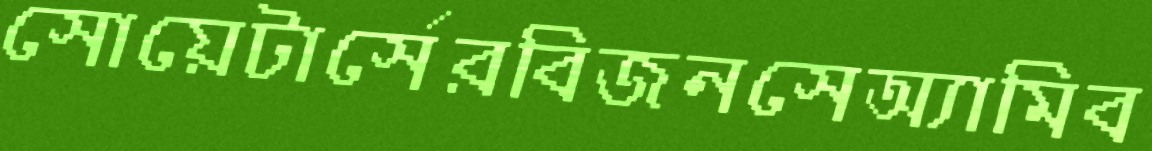
সোয়েটার্সেরবিজনসেঅ্যামিব